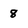
Character: 8